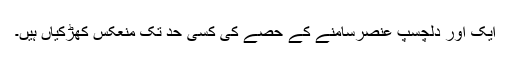
ایک اور دلچسپ عنصرسامنے کے حصے کی کسی حد تک منعکس کھڑکیاں ہیں۔